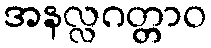
အနလ္လဂတ္တာဝ